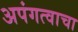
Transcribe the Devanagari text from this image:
अपंगत्वाचा